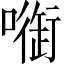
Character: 𠾑